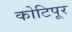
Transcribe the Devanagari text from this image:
कोटिपूर